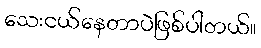
သေးငယ်နေတာပဲဖြစ်ပါတယ်။